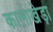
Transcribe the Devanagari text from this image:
कालाखेड़ा